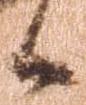
候